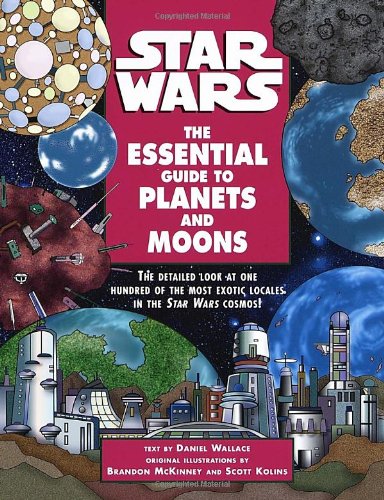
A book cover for The Essential Guide to Planets and Moons (Star Wars); Brandon McKinney; Science & Math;